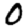
Digit: 0